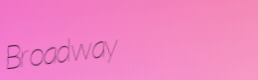
Broadway